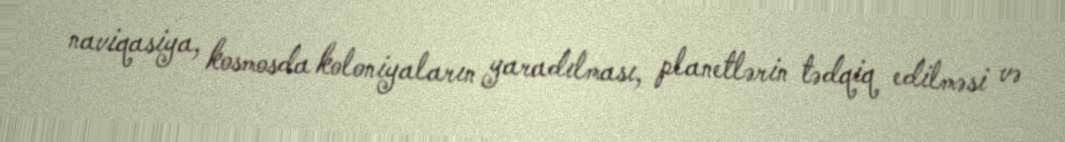
naviqasiya, kosmosda koloniyaların yaradılması, planetlərin tədqiq edilməsi və